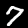
Label: 7